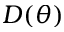
D ( \theta )